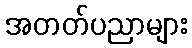
အတတ်ပညာများ